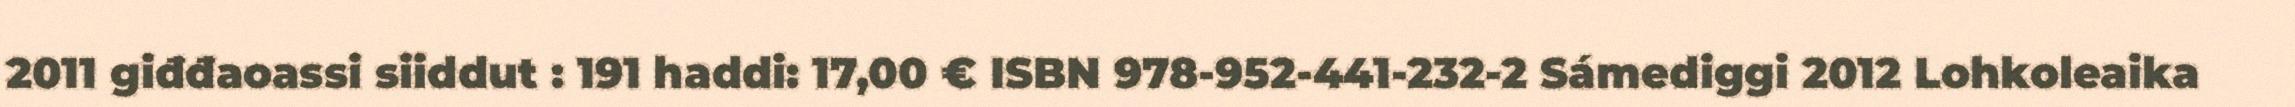
2011 giđđaoassi siiddut : 191 haddi: 17,00 € ISBN 978-952-441-232-2 Sámediggi 2012 Lohkoleaika